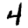
Digit: 4